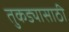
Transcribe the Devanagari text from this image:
तुकड्यासाठी